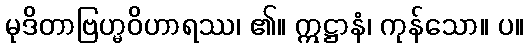
မုဒိတာဗြဟ္မဝိဟာရဿ၊ ၏။ ဣဋ္ဌာနံ၊ ကုန်သော။ ပ။